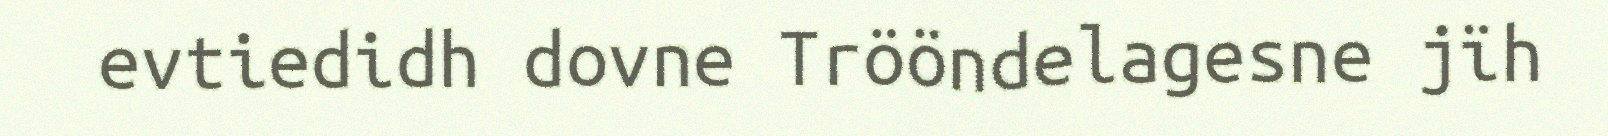
evtiedidh dovne Trööndelagesne jïh